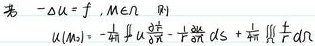
若 \(-\Delta u = f\ , x\in\Omega\) 则
\[
u(M_0)=-\frac{1}{4\pi}\oint_{\partial\Omega}u\frac{\partial}{\partial n}\frac{1}{r}+\frac{1}{4\pi}\oint_{\partial\Omega}\frac{\partial u}{\partial n}\frac{1}{r}dS + \frac{1}{4\pi}\iiint_{\Omega}\frac{f}{r}d\Omega
\]